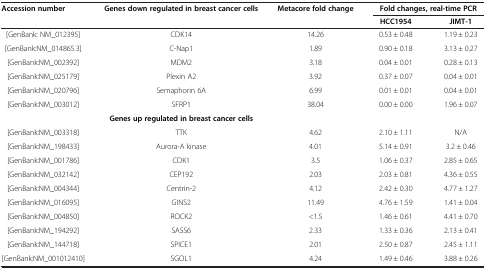
| Accession number | Genes down regulated in breast cancer cells | Metacore fold change | <COLSPAN=2> Fold changes, real-time PCR |
 |  |  |  | HCC1954 | JIMT-1 |
 | --- | --- | --- | --- | --- |
 | [GenBank: NM_012395] | CDK14 | 14.26 | 0.53 ± 0.48 | 1.19 ± 0.23 |
 | [GenBank:NM_014865.3] | C-Nap1 | 1.89 | 0.90 ± 0.18 | 3.13 ± 0.27 |
 | [GenBank:NM_002392] | MDM2 | 3.18 | 0.04 ± 0.01 | 0.28 ± 0.13 |
 | [GenBank:NM_025179] | Plexin A2 | 3.92 | 0.37 ± 0.07 | 0.04 ± 0.01 |
 | [GenBank:NM_020796] | Semaphorin 6A | 6.99 | 0.01 ± 0.01 | 0.04 ± 0.01 |
 | [GenBank:NM_003012] | SFRP1 | 38.04 | 0.00 ± 0.00 | 1.96 ± 0.07 |
 |  | Genes up regulated in breast cancer cells |  |  |  |
 | [GenBank:NM_003318] | TTK | 4.62 | 2.10 ± 1.11 | N/A |
 | [GenBank:NM_198433] | Aurora-A kinase | 4.01 | 5.14 ± 0.91 | 3.2 ± 0.46 |
 | [GenBank:NM_001786] | CDK1 | 3.5 | 1.06 ± 0.37 | 2.85 ± 0.65 |
 | [GenBank:NM_032142] | CEP192 | 2.03 | 2.03 ± 0.81 | 4.36 ± 0.55 |
 | [GenBank:NM_004344] | Centrin-2 | 4.12 | 2.42 ± 0.30 | 4.77 ± 1.27 |
 | [GenBank:NM_016095] | GINS2 | 11.49 | 4.76 ± 1.59 | 1.41 ± 0.04 |
 | [GenBank:NM_004850] | ROCK2 | <1.5 | 1.46 ± 0.61 | 4.41 ± 0.70 |
 | [GenBank:NM_194292] | SASS6 | 2.33 | 1.33 ± 0.36 | 2.13 ± 0.41 |
 | [GenBank:NM_144718] | SPICE1 | 2.01 | 2.50 ± 0.87 | 2.45 ± 1.11 |
 | [GenBank:NM_001012410] | SGOL1 | 4.24 | 1.49 ± 0.46 | 3.88 ± 0.26 |